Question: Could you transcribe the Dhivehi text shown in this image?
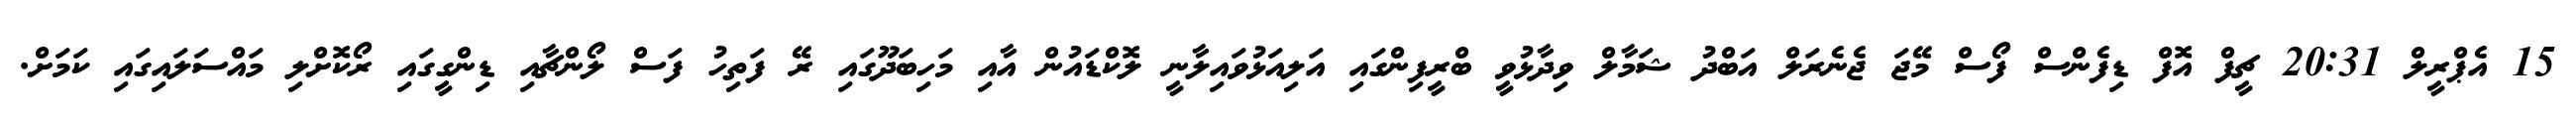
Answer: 15 އެޕްރީލް 20:31 ޗީފް އޮފް ޑިފެންސް ފޯސް މޭޖަ ޖެނެރަލް އަބްދު ޝަމާލް ވިދާޅުވީ ބްރީފިންގައި އަލިއަޅުވައިލާނީ ލޮކްޑައުން އާއި މަހިބަދޫގައި ރޭ ފަތިހު ފަސް ލޯންޗާއި ޑިންގީގައި ރޯކޮށްލި މައްސަލައިގައި ކަމަށް.